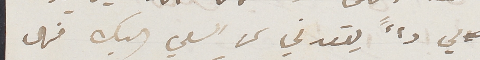
لي داءً يقعدني عن السعي اليك فهل